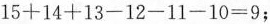
$$15+14+13-12-11-10=9$$；